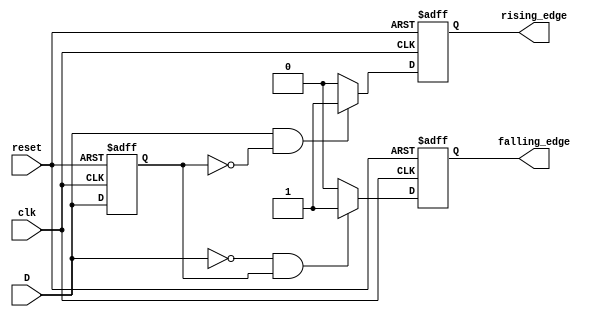
module edge_detector (
    input wire clk,          // Clock signal
    input wire reset,        // Reset signal
    input wire D,           // Input signal
    output reg rising_edge,  // Rising edge output
    output reg falling_edge  // Falling edge output
);

    // Memory block to hold the previous state of the input signal
    reg previous_state;

    // Edge detection logic
    always @(posedge clk or posedge reset) begin
        if (reset) begin
            // Initialize the memory block to a known state (0)
            previous_state <= 1'b0;
            rising_edge <= 1'b0;
            falling_edge <= 1'b0;
        end else begin
            // Detect rising edge
            if (D == 1'b1 && previous_state == 1'b0) begin
                rising_edge <= 1'b1;  // Rising edge detected
            end else begin
                rising_edge <= 1'b0;  // No rising edge
            end
            
            // Detect falling edge
            if (D == 1'b0 && previous_state == 1'b1) begin
                falling_edge <= 1'b1;  // Falling edge detected
            end else begin
                falling_edge <= 1'b0;  // No falling edge
            end
            
            // Update the previous state with the current input signal
            previous_state <= D;
        end
    end

endmodule